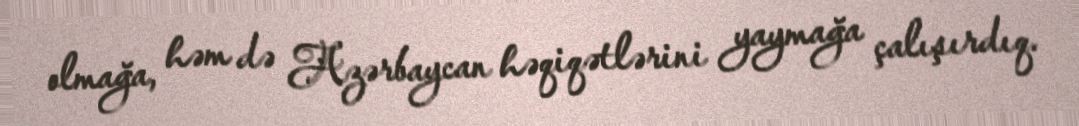
olmağa, həm də Azərbaycan həqiqətlərini yaymağa çalışırdıq.